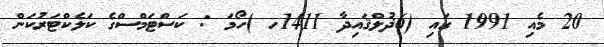
20 މެއި 1991 ގައި (6ޛުލްޤައިދާ 1411ހ )ހޯމަ : ކަސްޓަމްސްގެ ކަލެކްޓަރުކަން